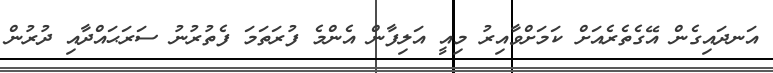
އަނދައިގެން އޭގެތެރެއަށް ކަމަށްވާއިރު މިއީ އަލިފާން އެންމެ ފުރަތަމަ ފެތުރުނު ސަރަޙައްދާއި ދުރުން